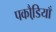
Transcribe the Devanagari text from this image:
पकौडि़याँ